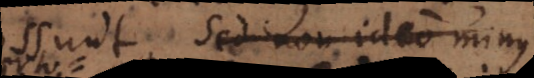
possunt. Sed non ideo minus,